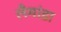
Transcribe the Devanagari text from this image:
लैमांडा